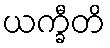
ယက္ခီတိ